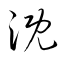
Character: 漑